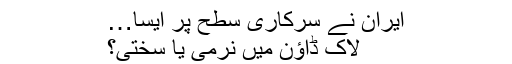
ایران نے سرکاری سطح پر ایسا…
لاک ڈاؤن میں نرمی یا سختی؟